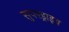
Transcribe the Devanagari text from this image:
सुपरड्राइव